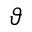
\vartheta